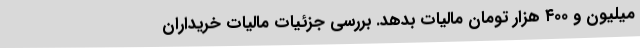
میلیون و ۴۰۰ هزار تومان مالیات بدهد. بررسی جزئیات مالیات خریداران